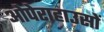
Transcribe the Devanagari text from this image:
ओपेराहाउसों